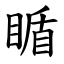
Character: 瞃